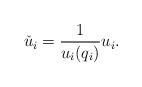
LaTeX: \begin{align*}\check u_i = \frac{1}{u_i(q_i)} u_i.\end{align*}